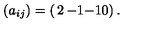
( a _ { i j } ) = \left( \begin{matrix} { 2 } & { - 1 } \\ { - 1 } & { 0 } \\ \end{matrix} \right) .